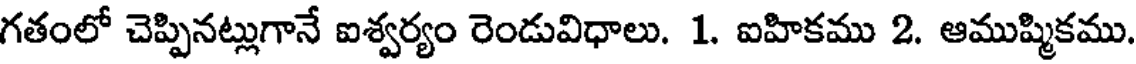
గతంలో చెప్పినట్లుగానే ఐశ్వర్యం రెండువిధాలు. 1. ఐహికము 2. ఆముష్మికము.